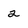
Character: 2